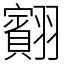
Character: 䎙